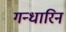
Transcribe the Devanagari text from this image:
गन्धारिन